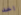
اخد